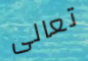
تعالى